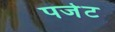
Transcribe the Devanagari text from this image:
पजेट